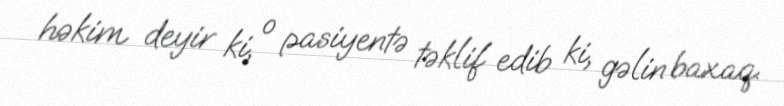
həkim deyir ki, o pasiyentə təklif edib ki, gəlin baxaq.